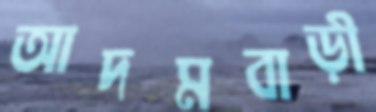
আদমবাড়ী